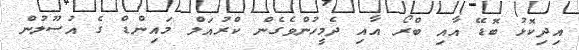
އިދިކޮޅު ބޮޑޭ އާއި ބްރޯ އާއި ދެމީހުންވެގެން ކްރުއަލް މައިންޑް ގެ އުސޫލުން